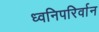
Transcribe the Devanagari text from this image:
ध्वनिपरिर्वान